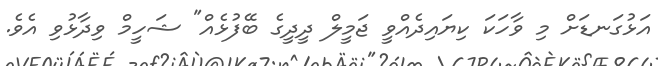
އަޅުގަނޑަށް މި ވާހަކަ ކިޔައިދެއްވީ ޖަމީލް ދީދީގެ ބޭފުޅެއް" ޝަހީމް ވިދާޅުވި އެވެ.